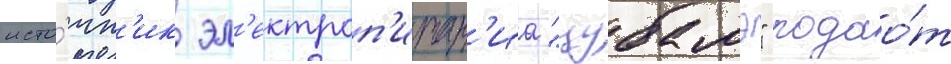
исто́чн'ик эл'ектроп'итан'иа "цубамэ" подао́т